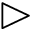
\vartriangleright